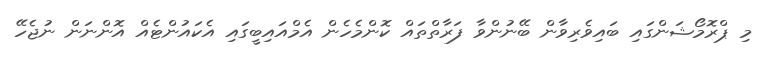
މި ޕްރޮމޯޝަންގައި ބައިވެރިވާން ބޭނުންވާ ފަރާތްތައް ކޮންމެހެން އެމްއައިބީގައި އެކައުންޓެއް އޮންނަން ނުޖެހޭ